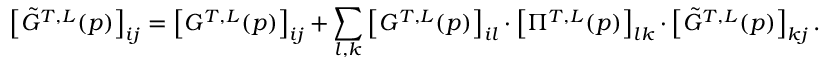
\left[ \tilde { G } ^ { T , L } ( p ) \right] _ { i j } = \left[ G ^ { T , L } ( p ) \right] _ { i j } + \sum _ { l , k } \left[ G ^ { T , L } ( p ) \right] _ { i l } \cdot \left[ \Pi ^ { T , L } ( p ) \right] _ { l k } \cdot \left[ \tilde { G } ^ { T , L } ( p ) \right] _ { k j } .